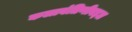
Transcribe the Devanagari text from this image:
कलावंतिणीबद्दल